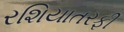
રશિયાતરફી